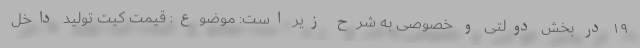
۱۹ در بخش دولتی و خصوصی به شرح زیر است: موضوع: قیمت کیت تولید داخل